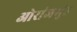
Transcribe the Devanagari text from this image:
ओरांजेमुंड